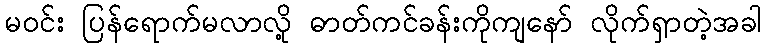
မဝင်း ပြန်ရောက်မလာလို့ ဓာတ်ကင်ခန်းကိုကျနော် လိုက်ရှာတဲ့အခါ